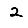
Digit: 2